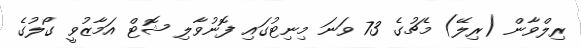
ރިލްވާން (ރިލޭ) މެޗުގެ 73 ވަނަ މިނިޓުގައި ފޮނުވާލި ޝޮޓް އަމާޒުވީ ގޯލުގެ